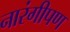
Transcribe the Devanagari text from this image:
नारंगीपण